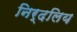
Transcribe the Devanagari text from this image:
निर्दलिय